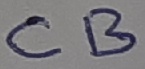
Text: CB